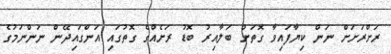
ރަށްރަށަށް ނަން ކިޔާފައިވާ ގޮތަށް ބަލާއިރު ބޮޑު ރަށެއްގެ ގޮތުގައި އަންގައިދޭން ނަންނަމުގެ